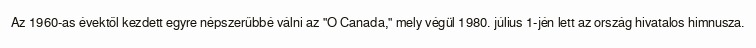
Az 1960-as évektől kezdett egyre népszerűbbé válni az "O Canada," mely végül 1980. július 1-jén lett az ország hivatalos himnusza.